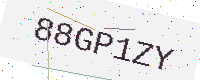
Text: 88GP1ZY